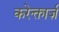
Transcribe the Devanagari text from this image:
करेक्तार्ज़